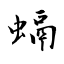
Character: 螎